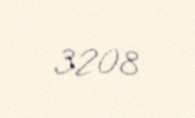
3208